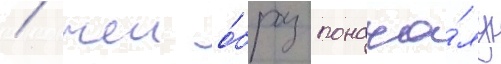
/ чеи о́браз понача́лу